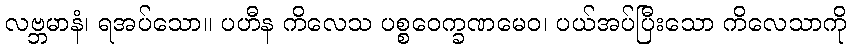
လဗ္ဘမာနံ၊ ရအပ်သော။ ပဟီန ကိလေသ ပစ္စဝေက္ခဏမေဝ၊ ပယ်အပ်ပြီးသော ကိလေသာကို